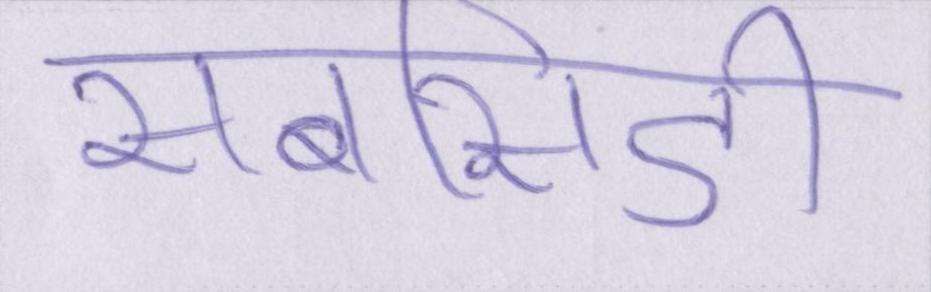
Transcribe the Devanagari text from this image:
सबसिडी